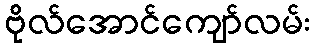
ဗိုလ်အောင်ကျော်လမ်း